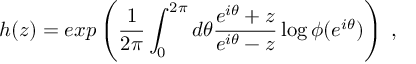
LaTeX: h ( z ) = e x p \left( { \frac { 1 } { 2 \pi } } \int _ { 0 } ^ { 2 \pi } d \theta { \frac { e ^ { i \theta } + z } { e ^ { i \theta } - z } } \log \phi ( e ^ { i \theta } ) \right) \; ,